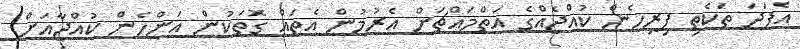
އެފަދަ ތަކެތި ފިރިހެން ކުއްޖެއްގެ އަތްމައްޗަށް އެރުމުން އެތައް ގޮތަކުން އަންހެން ކުއްޖާއަށް